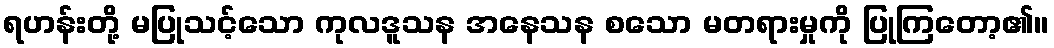
ရဟန်းတို့ မပြုသင့်သော ကုလဒူသန အနေသန စသော မတရားမှုကို ပြုကြတော့၏။